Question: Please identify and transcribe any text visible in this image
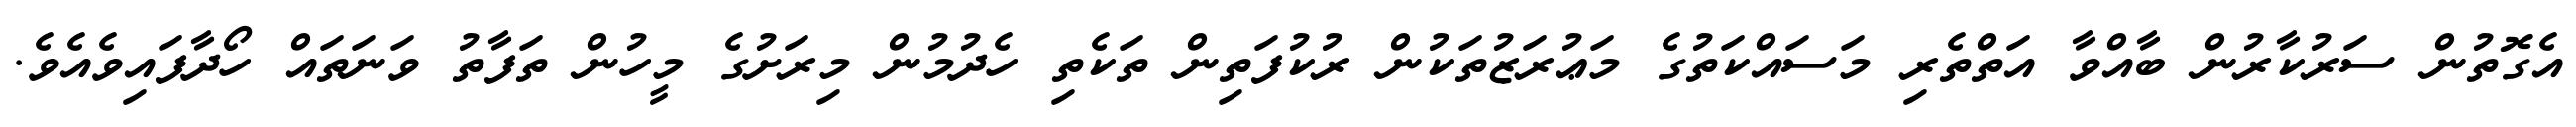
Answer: އެގޮތުން ސަރުކާރުން ބާއްވާ އަތްތެރި މަސައްކަތުގެ މަޢުރަޒުތަކުން ރުކުފަތިން ތަކެތި ހެދުމުން މިރަށުގެ މީހުން ތަފާތު ވަނަތައް ހޯދާފައިވެއެވެ.